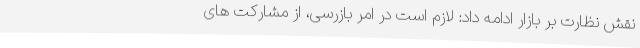
نقش نظارت بر بازار ادامه داد: لازم است در امر بازرسی، از مشارکت های